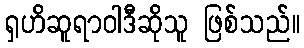
ရှဟိဆူရာဝါဒီဆိုသူ ဖြစ်သည်။